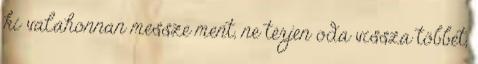
ki valahonnan messze ment, ne térjen oda vissza többet,